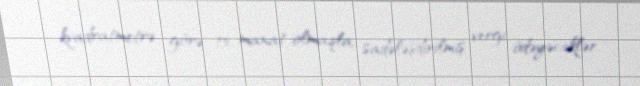
kvadratmetrə görə 15 manat olmaqla, sadələşdirilmiş vergi ödəyəcəklər.